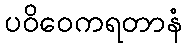
ပဝိဝေကရတာနံ